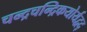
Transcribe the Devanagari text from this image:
चन्द्रचन्द्रिकयोर्यद्वद्